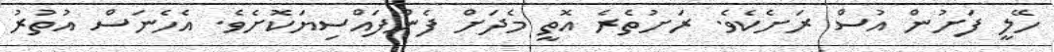
ހޭލީ ފަށުން އުސް ރަށެކެވެ. ރަށުތެރެ އޮތީ މެދަށް ފެންފައްސިޔަކޮށެވެ. އެހެނަސް އުތުރު